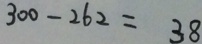
3 0 0 - 2 6 2 = 3 8